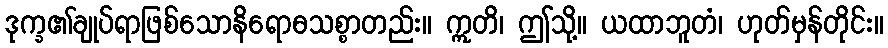
ဒုက္ခ၏ချုပ်ရာဖြစ်သောနိရောဓသစ္စာတည်း။ ဣတိ၊ ဤသို့။ ယထာဘူတံ၊ ဟုတ်မှန်တိုင်း။